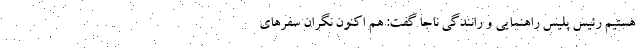
هستیم رئیس پلیس راهنمایی و رانندگی ناجا گفت: هم اکنون نگران سفرهای